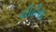
ચીઢીયા